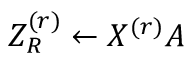
Z _ { R } ^ { ( r ) } \gets X ^ { ( r ) } A